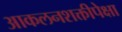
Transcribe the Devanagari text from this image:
आकलनशक्तीपेक्षा